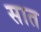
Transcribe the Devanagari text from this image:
सात